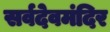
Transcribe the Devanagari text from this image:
सर्वदेवमंदिर